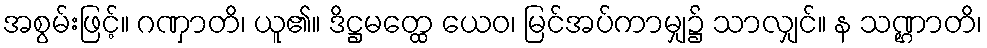
အစွမ်းဖြင့်။ ဂဏှာတိ၊ ယူ၏။ ဒိဋ္ဌမတ္ထေ ယေဝ၊ မြင်အပ်ကာမျှ၌ သာလျှင်။ န သဏ္ဌာတိ၊